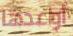
أواعدها